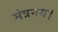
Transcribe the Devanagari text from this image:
मंत्रनय।